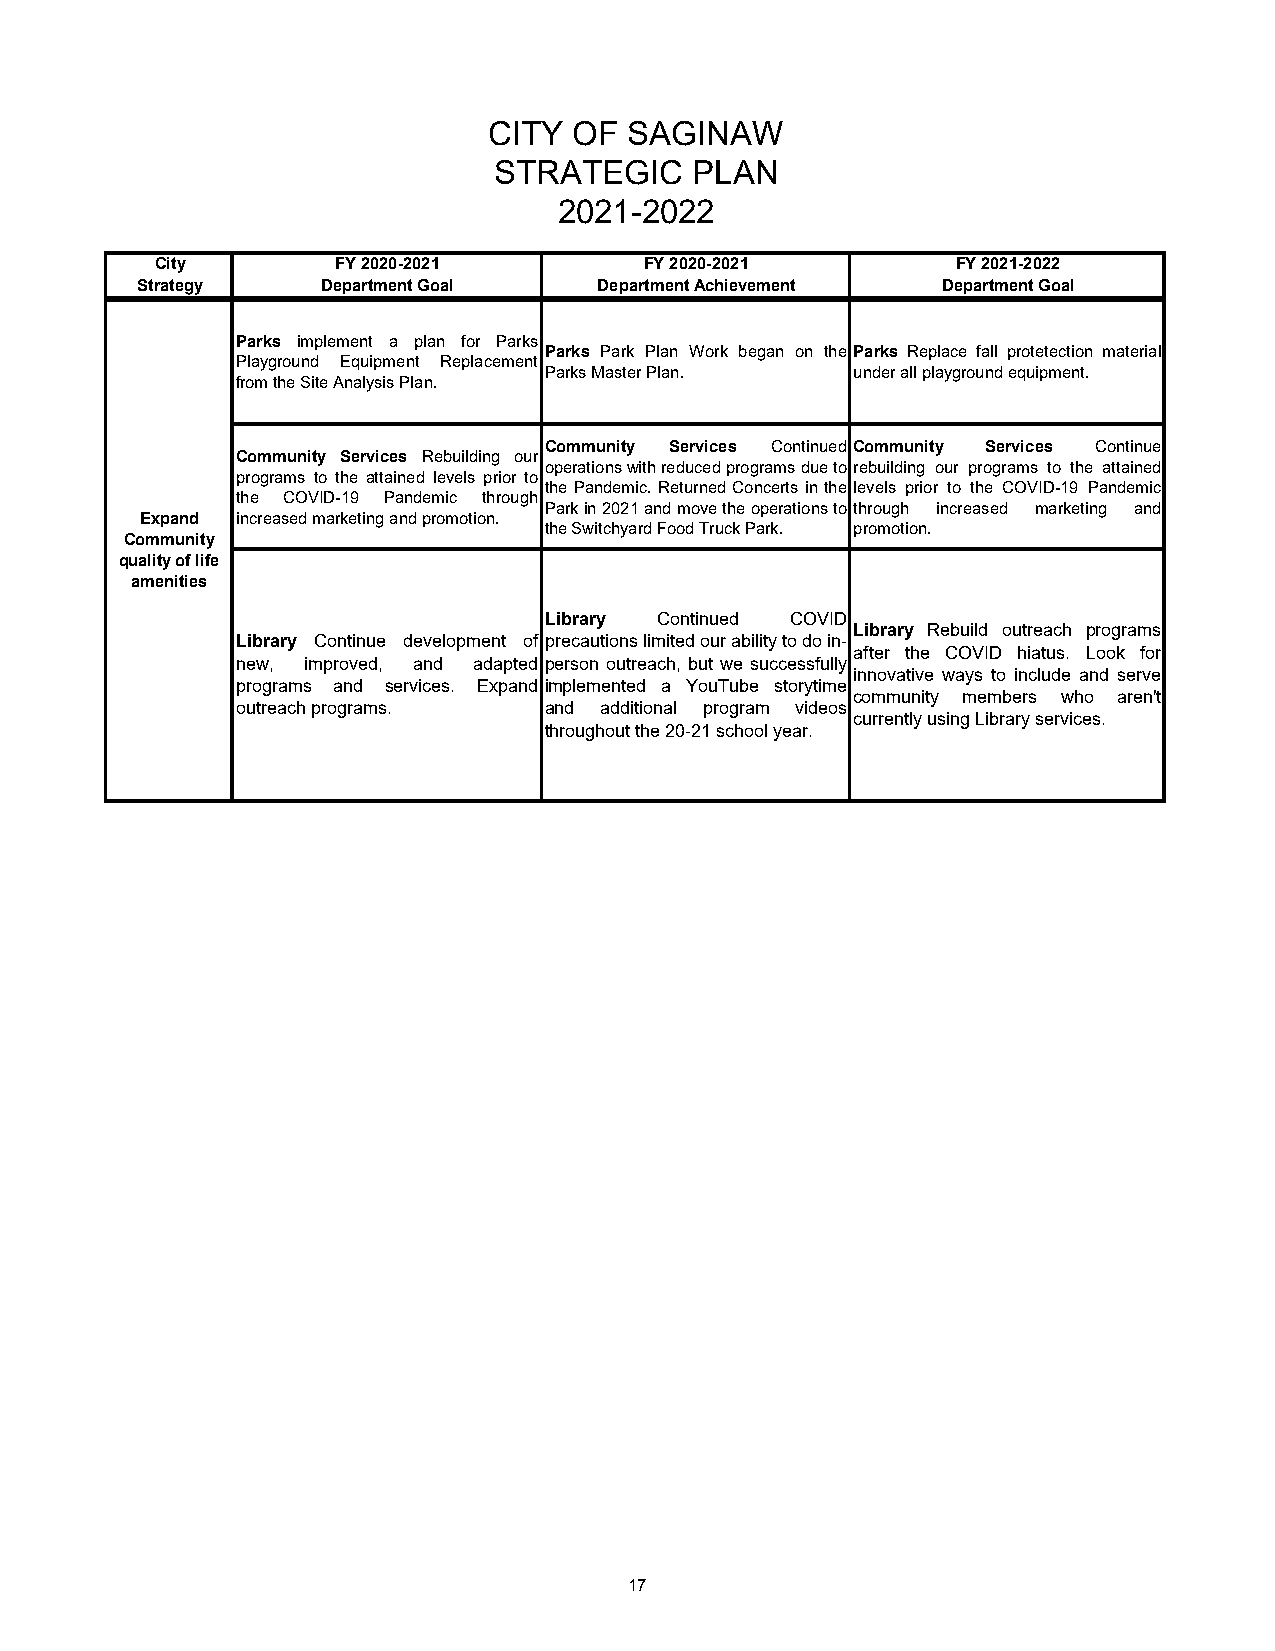
CITY  OF  SAGINAW
 STRATEGIC    PLAN
 2021-2022
 City        FY 2020-2021         FY 2020-2021        FY 2021-2022
 Strategy    Department Goal    Department Achievement Department Goal
 Administrative Services adopted a
 Administrative Services adopt a tax property tax rate $0.479516 that AdministrativeServicesadoptataxrate
 Parks implement a plan for Parks
 rate that allows us to maintain current gPeanrkesratPedarkthPelanproWpoerrktybetagxanreovnentuhee tPhaartkaslloRwespulascteofmaallinptraointecteucrtrieonntsmearvteicreiasl
 Playground Equipment Replacement
 services and staffing levels. sPuafrfkicsi eMnatstoterf uPnldano.perations, as well as, aunndd esrt aaflfl inpgla ylegvreolusn.d equipment.
 from the Site Analysis Plan.
 debt service payments.
 Community Services Continued Community Services Continue
 Community Services Rebuilding our
 operationswithreducedprogramsdueto rebuilding our programs to the attained
 programs to the attained levels prior to
 thePandemic.ReturnedConcerts inthe levels prior to the COVID-19 Pandemic
 the COVID-19 Pandemic through
 Parkin2021andmovetheoperationsto through increased marketing and
 Expand increased marketing and promotion.
 the Switchyard Food Truck Park. promotion.
 Community
 quality of life
 amenities
 Library Continued COVID
 Library Rebuild outreach programs
 Library Continue development of precautionslimitedourabilitytodoin-
 after the COVID hiatus. Look for
 new, improved, and adapted person outreach, but we successfully
 innovative ways to include and serve
 programs and services. Expand implemented a YouTube storytime
 community members who aren't
 outreach programs.  and additional program videos
 currently using Library services.
 throughout the 20-21 school year.
 Maintain a
 financially
 sound City
 providing
 superior
 services
 17